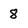
Character: 8